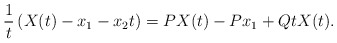
\begin{align*}\frac{1}{t}\left(X(t) -x_1-x_2t\right)=PX(t)-Px_1+QtX(t).\end{align*}